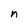
Character: n